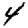
Digit: 4